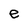
Character: e